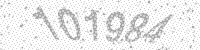
Solution: 101984